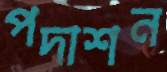
পদাশন